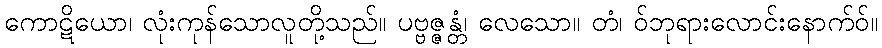
ကောဋိယော၊ လုံးကုန်သောလူတို့သည်။ ပဗ္ဗဇ္ဇန္တံ၊ လေသော။ တံ၊ ဝ်ဘုရားလောင်းနောက်ဝ်။